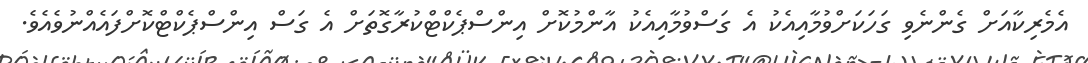
އެމެރިކާއަށް ގެންނެވި ގަހަކަށްވުމާއިއެކު އެ ގަސްވުމާއިއެކު އާންމުކޮށް އިންސްޕެކްޓްކުރާގޮތަށް އެ ގަސް އިންސްޕެކްޓްކޮށްފައެއްނުވެއެވެ.